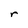
Character: r